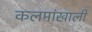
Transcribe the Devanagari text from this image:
कलमांखाली